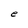
Character: e